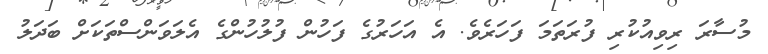
މުސާރަ ރިވިއުކުރި ފުރަތަމަ ފަހަރެވެ. އެ އަހަރުގެ ފަހުން ފުލުހުންގެ އެލަވަންސްތަކަށް ބަދަލު